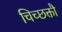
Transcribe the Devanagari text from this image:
चिच्छक्तौ